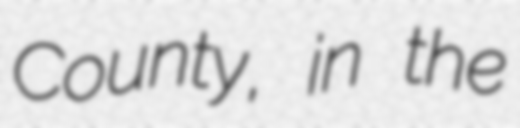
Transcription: County, in the